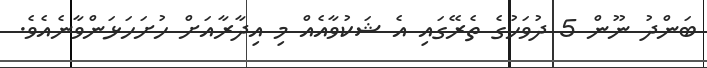
ބަންދު ނޫން 5 ދުވަހުގެ ތެރޭގައި އެ ޝަކުވާއެއް މި އިދާރާއަށް ހުށަހަޅަންވާނެއެވެ.